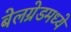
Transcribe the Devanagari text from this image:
बेलग्रेडमध्ये